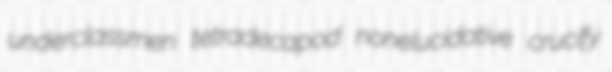
underclassmen tetradecapod nonelucidative crucify